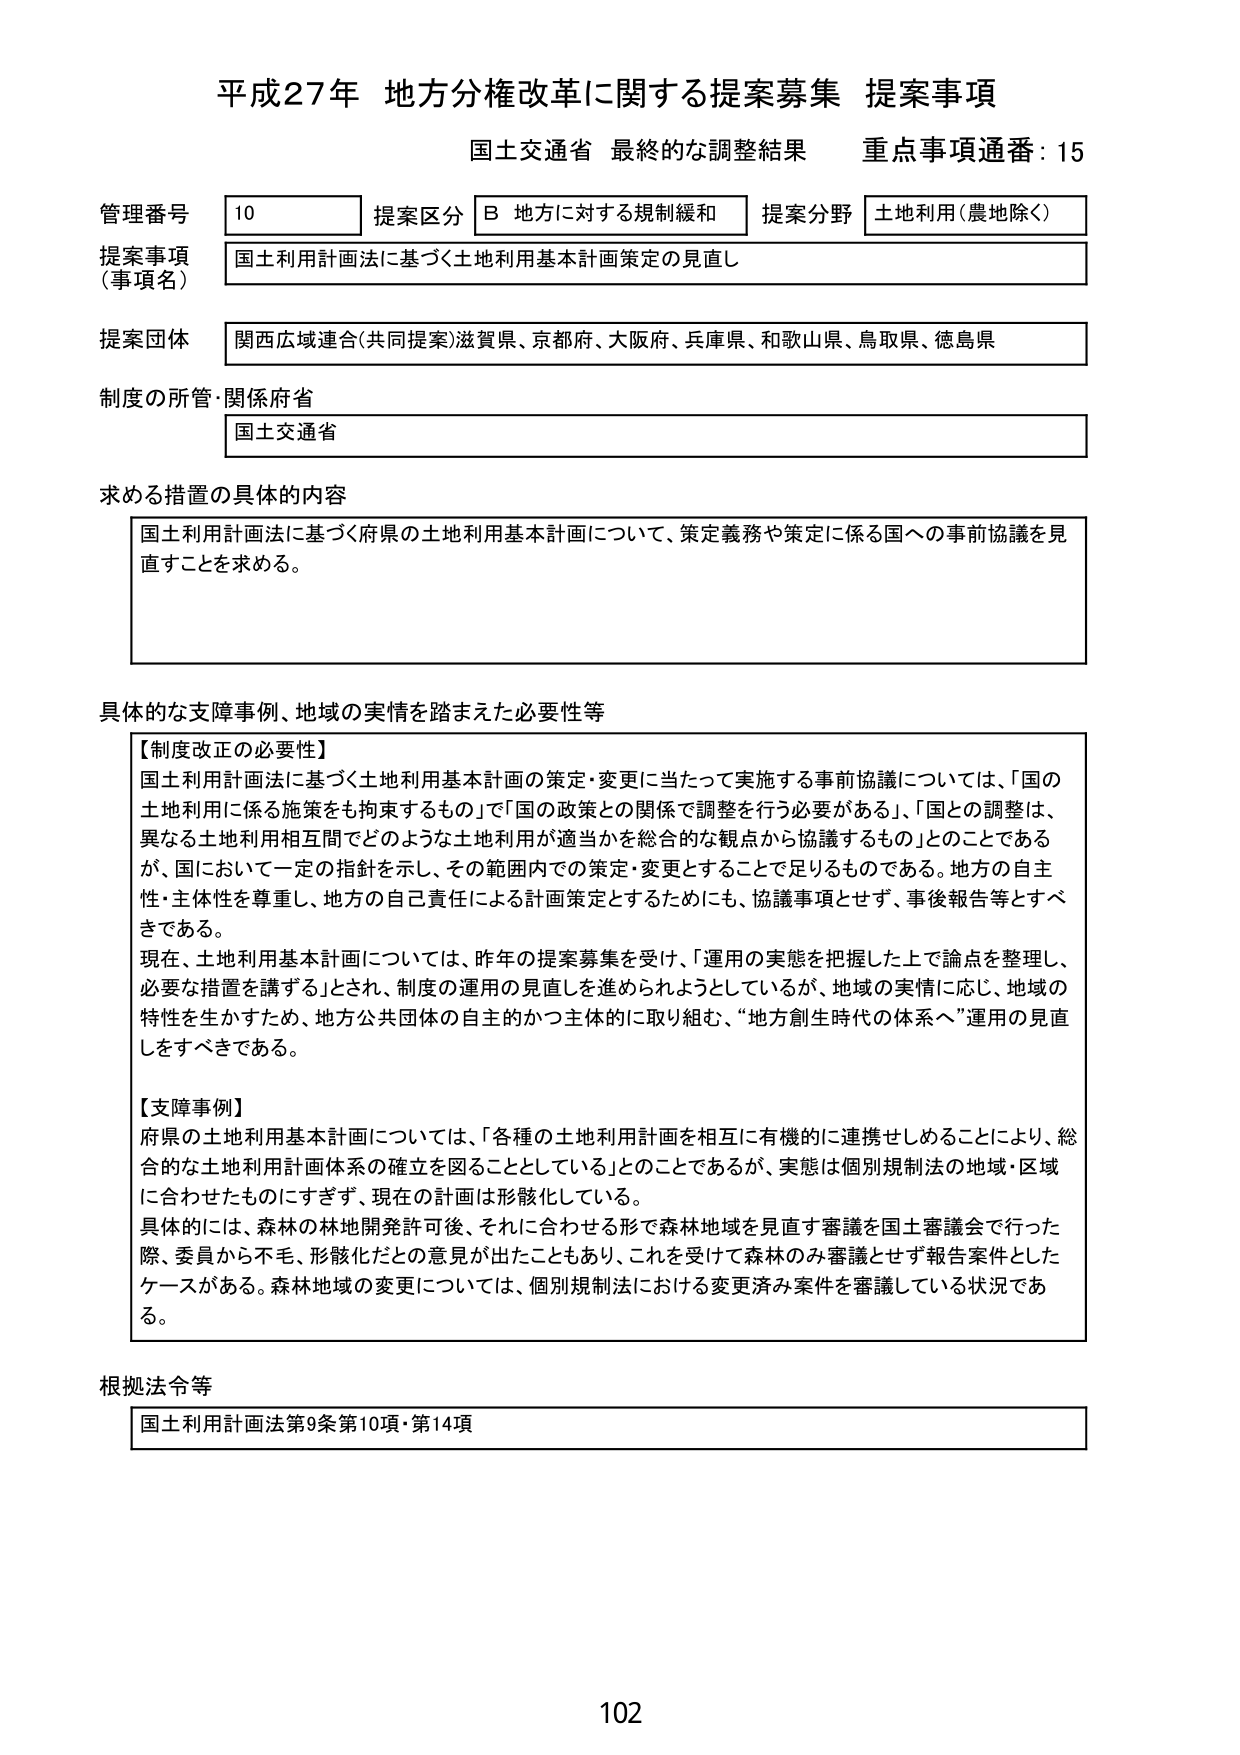
平成27年 地方分権改革に関する提案募集 提案事項
国土交通省 最終的な調整結果 重点事項通番：15

管理番号 10 提案区分 B 地方に対する規制緩和 提案分野 土地利用（農地除く）
提案事項（事項名） 国土利用計画法に基づく土地利用基本計画策定の見直し
提案団体 関西広域連合（共同提案）滋賀県、京都府、大阪府、兵庫県、和歌山県、鳥取県、徳島県
制度の所管・関係府省 国土交通省

求める措置の具体的内容
国土利用計画法に基づく府県の土地利用基本計画について、策定義務や策定に係る国への事前協議を見直すことを求める。

具体的な支障事例、地域の実情を踏まえた必要性等
【制度改正の必要性】
国土利用計画法に基づく土地利用基本計画の策定・変更に当たって実施する事前協議については、「国の土地利用に係る施策をも拘束するもの」で「国の政策との関係で調整を行う必要がある」、「国との調整は、異なる土地利用相互間でどのような土地利用が適当かを総合的な観点から協議するもの」とのことであるが、国において一定の指針を示し、その範囲内での策定・変更とすることで足りるものである。地方の自主性・主体性を尊重し、地方の自己責任による計画策定とするためにも、協議事項とせず、事後報告等とすべきである。
現在、土地利用基本計画については、昨年の提案募集を受け、「運用の実態を把握した上で論点を整理し、必要な措置を講ずる」とされ、制度の運用の見直しを進められようとしているが、地域の実情に応じ、地域の特性を生かすため、地方公共団体の自主的かつ主体的に取り組む、“地方創生時代の体系へ”運用の見直しをすべきである。

【支障事例】
府県の土地利用基本計画については、「各種の土地利用計画を相互に有機的に連携せしめることにより、総合的な土地利用計画体系の確立を図ることとしている」とのことであるが、実態は個別規制法の地域・区域に合わせたものにすぎず、現在の計画は形骸化している。
具体的には、森林の林地開発許可後、それに合わせる形で森林地域を見直す審議を国土審議会で行った際、委員から不毛、形骸化だとの意見が出たこともあり、これを受けて森林のみ審議とせず報告案件としたケースがある。森林地域の変更については、個別規制法における変更済み案件を審議している状況である。

根拠法令等
国土利用計画法第9条第10項・第14項

102